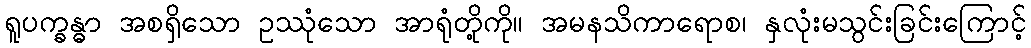
ရူပက္ခန္ဓာ အစရှိသော ဥဿုံသော အာရုံတို့ကို။ အမနသိကာရောစ၊ နှလုံးမသွင်းခြင်းကြောင့်